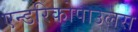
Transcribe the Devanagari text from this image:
एन्डरिकोपाउलस